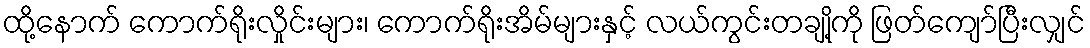
ထို့နောက် ကောက်ရိုးလှိုင်းများ၊ ကောက်ရိုးအိမ်များနှင့် လယ်ကွင်းတချို့ကို ဖြတ်ကျော်ပြီးလျှင်